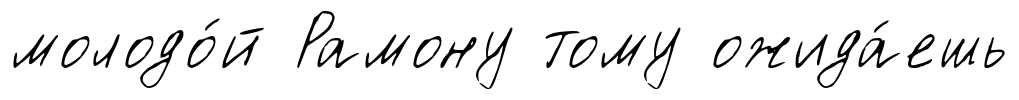
молодо́й Рамону тому ожида́ешь